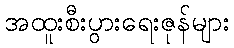
အထူးစီးပွားရေးဇုန်များ